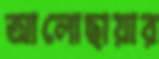
আলোছায়ার